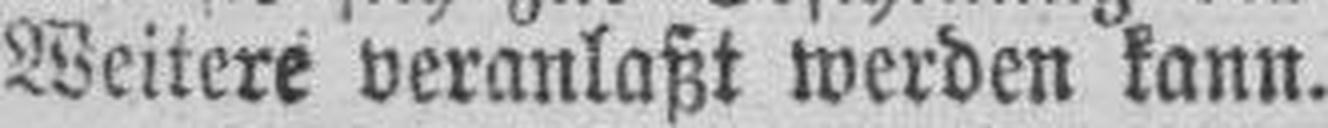
Weitere veranlaßt werden kann.